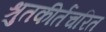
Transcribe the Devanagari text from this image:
श्रुतकीर्तचरित